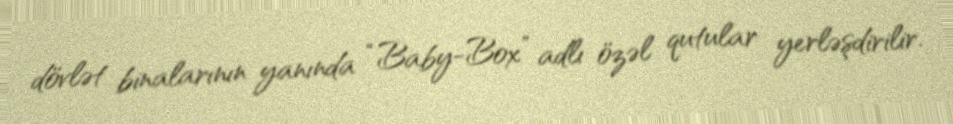
dövlət binalarının yanında “Baby-Box” adlı özəl qutular yerləşdirilir.